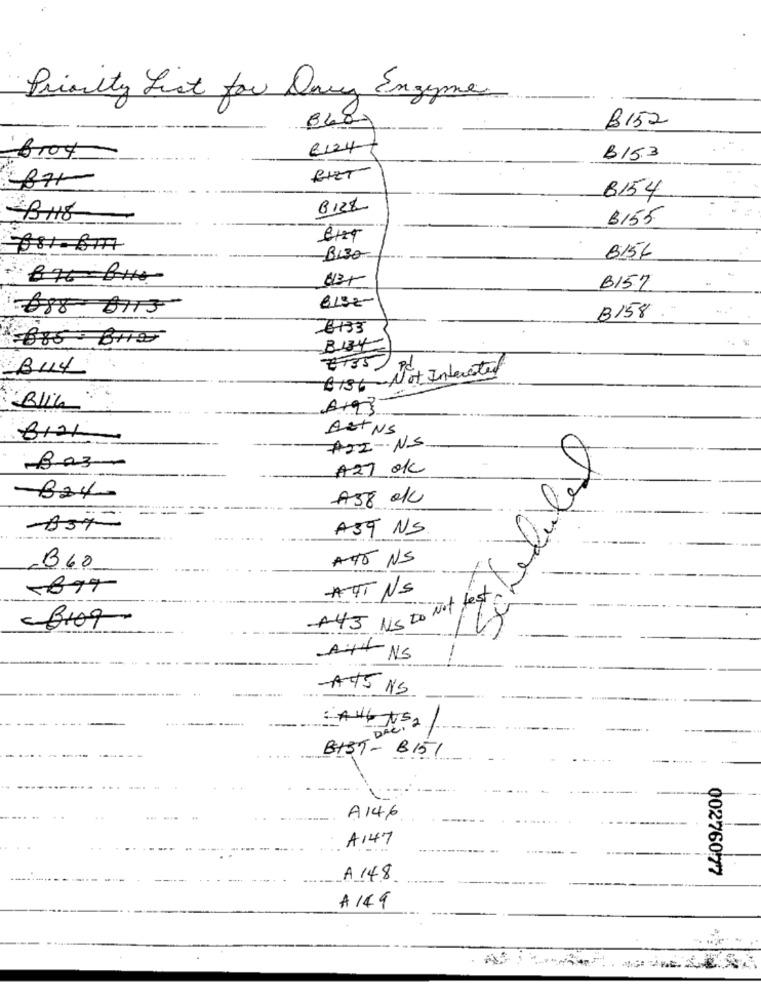
Priority List for Dry Enzyme
8480
B152
2124
-B104
B153
RIET
B154
B118
-
B155
B156
B130
613+
B157
8138
688 0113
B158
-6133
-885- B110
B134
B14
ET35)
B +36 Not Interested
Blik
Azt NS
8121
#22-NS
Baz-
A27 ok
B24-
A38 0K
-B37
A59 NS
A46 NS
B60
ATT NS
est
-
+45 NS Do Not
-3109
A++ NS
ATS NS
8139- B151
A146.
A147
00276077
A 148
A 149